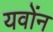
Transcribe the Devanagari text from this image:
यवोंन